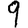
Digit: 9